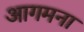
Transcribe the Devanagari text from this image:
आगमना